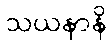
သယနာနိ